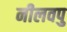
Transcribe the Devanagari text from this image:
नीलवपु